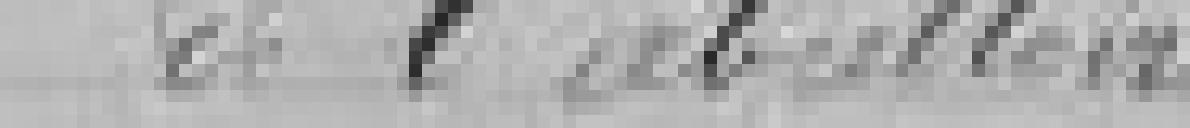
Construction de l'abattoir